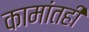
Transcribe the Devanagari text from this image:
कामांतही